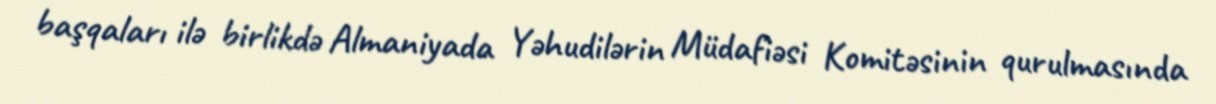
başqaları ilə birlikdə Almaniyada Yəhudilərin Müdafiəsi Komitəsinin qurulmasında